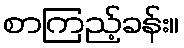
စာကြည့်ခန်း။